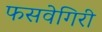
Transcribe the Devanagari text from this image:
फसवेगिरी